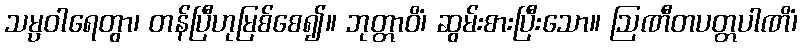
သမ္ပဝါရေတွာ၊ တန်ပြီဟုမြစ်စေ၍။ ဘုတ္တာဝိံ၊ ဆွမ်းစားပြီးသော။ ဩဏီတပတ္တပါဏိံ၊